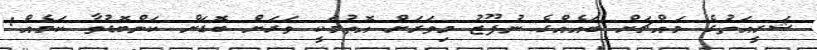
ޝަރީއަތުގެ މައްޗަށް ބައެއްގެ ނުފޫޒު މިވަރަށް އޮތުމަކީ ވަރަށް ބޮޑަށް ކަންބޮޑުވާ ކަމެއް: